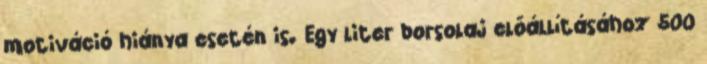
motiváció hiánya esetén is. Egy liter borsolaj előállításához 500